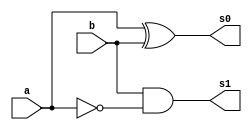
// ---------------------
// Guia 03 - Exercicio 03 - Meia diferenca
// Nome: Paulo Ricardo Bastos de Souza
// ---------------------

// ---------------------
// -- meia diferenca
// ---------------------

module meiaDiferenca (s1, s0, a, b);
 output s1, s0;
 input  a, b;
 wire x;
 
 not NOT1 (x, a);
 and AND1 (s1, b, x);
 xor XOR1 (s0, a, b);
 
endmodule // meiaDiferenca

// ---------------------
// -- test meiaDiferenca
// ---------------------

module testmeiaDiferenca;
 reg   a, b;
 wire  s1, s0;
          // instancia
 meiaDiferenca MD1 (s1, s0, a, b);

 initial begin:start
      a=0; b=0;
 end

          // parte principal
 initial begin:main
      $display("Guia 03 - Exercicio 03 - Paulo Ricardo Bastos de Souza - 405828");
      $display("Test Meia Diferenca");
      $display("\na - b = s0 , s1\n");
      $monitor("%b - %b = %b , %b", a, b, s0, s1);
  #1 a=0; b=1;
  #1 a=1; b=0;
  #1 a=1; b=1;
 end

endmodule // meiaDiferenca